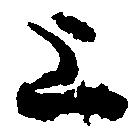
上